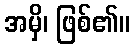
အမှိ၊ ဖြစ်၏။